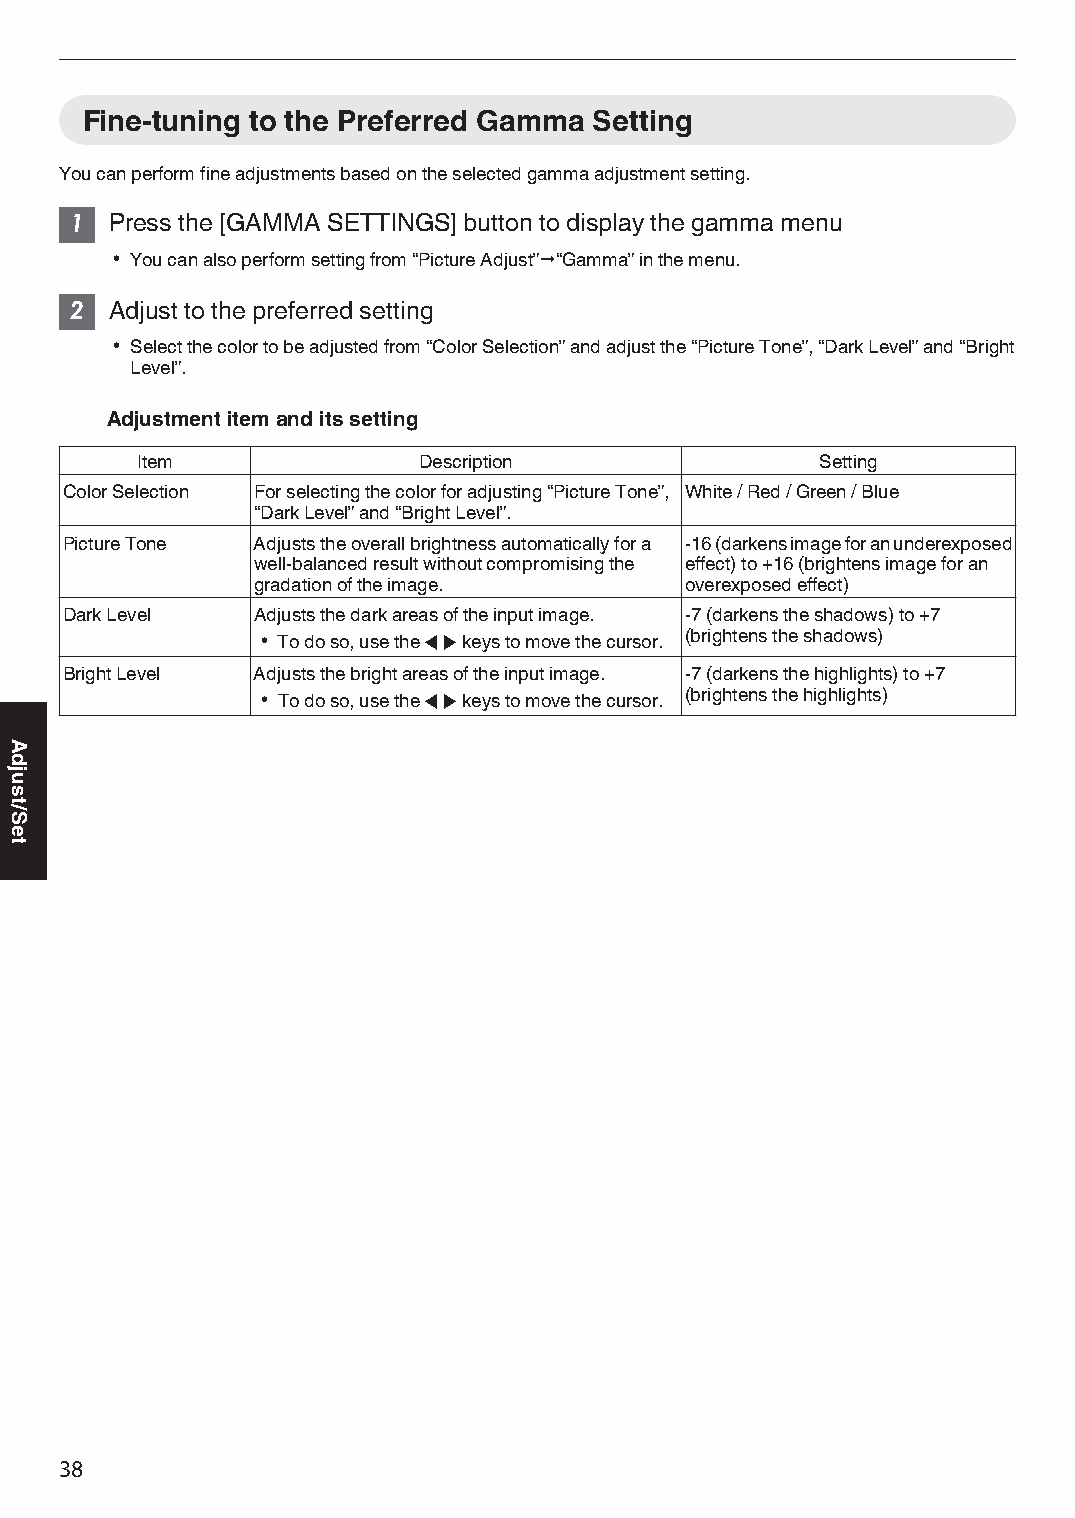
Fine-tuning to the Preferred Gamma Setting
 You can perform fine adjustments based on the selected gamma adjustment setting.
 1 Press the [GAMMA SETTINGS] button to display the gamma menu
 0 You can also perform setting from “Picture Adjust”"“Gamma” in the menu.
 2 Adjust to the preferred setting
 0 Select the color to be adjusted from “Color Selection” and adjust the “Picture Tone”, “Dark Level” and “Bright
 Level”.
 Adjustment item and its setting
 Item               Description               Setting
 Color Selection For selecting the color for adjusting “Picture Tone”, White / Red / Green / Blue
 “Dark Level” and “Bright Level”.
 Picture Tone Adjusts the overall brightness automatically for a -16 (darkens image for an underexposed
 well-balanced result without compromising the effect) to +16 (brightens image for an
 gradation of the image.     overexposed effect)
 Dark Level   Adjusts the dark areas of the input image. -7 (darkens the shadows) to +7
 0 To do so, use the H I keys to move the cursor. (brightens the shadows)
 Bright Level Adjusts the bright areas of the input image. -7 (darkens the highlights) to +7
 0 To do so, use the H I keys to move the cursor. (brightens the highlights)
 38
 Adjust/Set